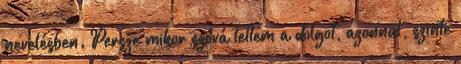
nevelésben. Persze mikor szóvá tettem a dolgot, azonnal, szinte